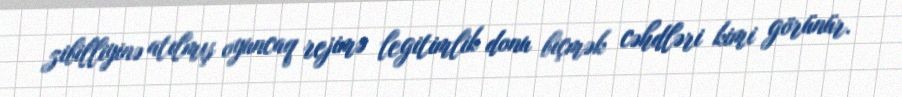
zibilliyinə atılmış oyuncaq rejimə legitimlik donu biçmək cəhdləri kimi görünür.